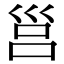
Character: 𡿷